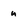
Character: n